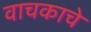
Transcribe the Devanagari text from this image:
वाचकाचे